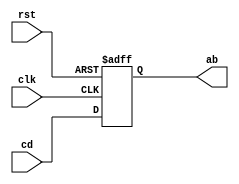
//cd2ab.v
module cd2ab (
	rst,clk,cd,
	ab); 
	
	input		rst;       //
	input		clk;       //FPGA
	input	 [1:0]	cd;  //
	output [1:0]	ab;  //

	reg [1:0] ef,a_b;
	/*always @(posedge clk or posedge rst)
		if (rst)
		   begin
			   ef <= 2'd0;
			end
		else
			begin
			   ef <= cd;
				if (ef[0]!=ef[1])
				   begin
					   a_b[0] <= cd[1] ^ ef[1];//xor
						a_b[1] <= cd[0] ^ ef[0];//xor
					end
				else
				   begin
					   a_b[1] <= cd[1] ^ ef[1];//xor
						a_b[0] <= cd[0] ^ ef[0];//xor
				   end
			end
	*/		
	assign ab = a_b;
	
	always @(posedge clk or posedge rst) begin
		if(rst) begin
			a_b <= 2'b00;
		end
		else begin
			a_b <= cd;
		end
	end
			
endmodule